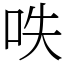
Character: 呹